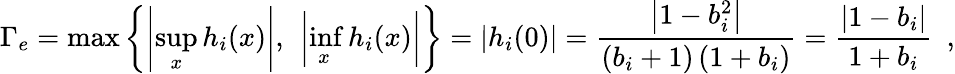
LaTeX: \Gamma_{e}=\operatorname*{max}\left\{ \left|\operatorname*{sup}_{x}h_{i}(x)\right|,\ \left|\operatorname*{inf}_{x}h_{i}(x)\right|\right\} =|h_{i}(0)|=\frac{\left|1-b_{i}^{2}\right|}{\left(b_{i}+1\right)\left(1+b_{i}\right)}=\frac{\left|1-b_{i}\right|}{1+b_{i}}\enspace,